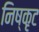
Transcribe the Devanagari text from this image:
निष्कृट